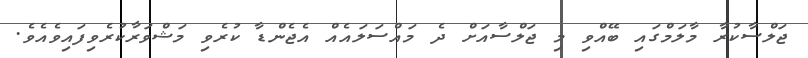
ޖަލްސާކުރާ މާލަމްގައި ބޭއްވި މި ޖަލްސާއަށް ދެ މައްސަލައެއް އެޖެންޑާ ކުރެވި މަޝްވަރާކުރެވިފައިވެއެވެ.